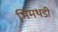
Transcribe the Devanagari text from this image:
भिमथडी